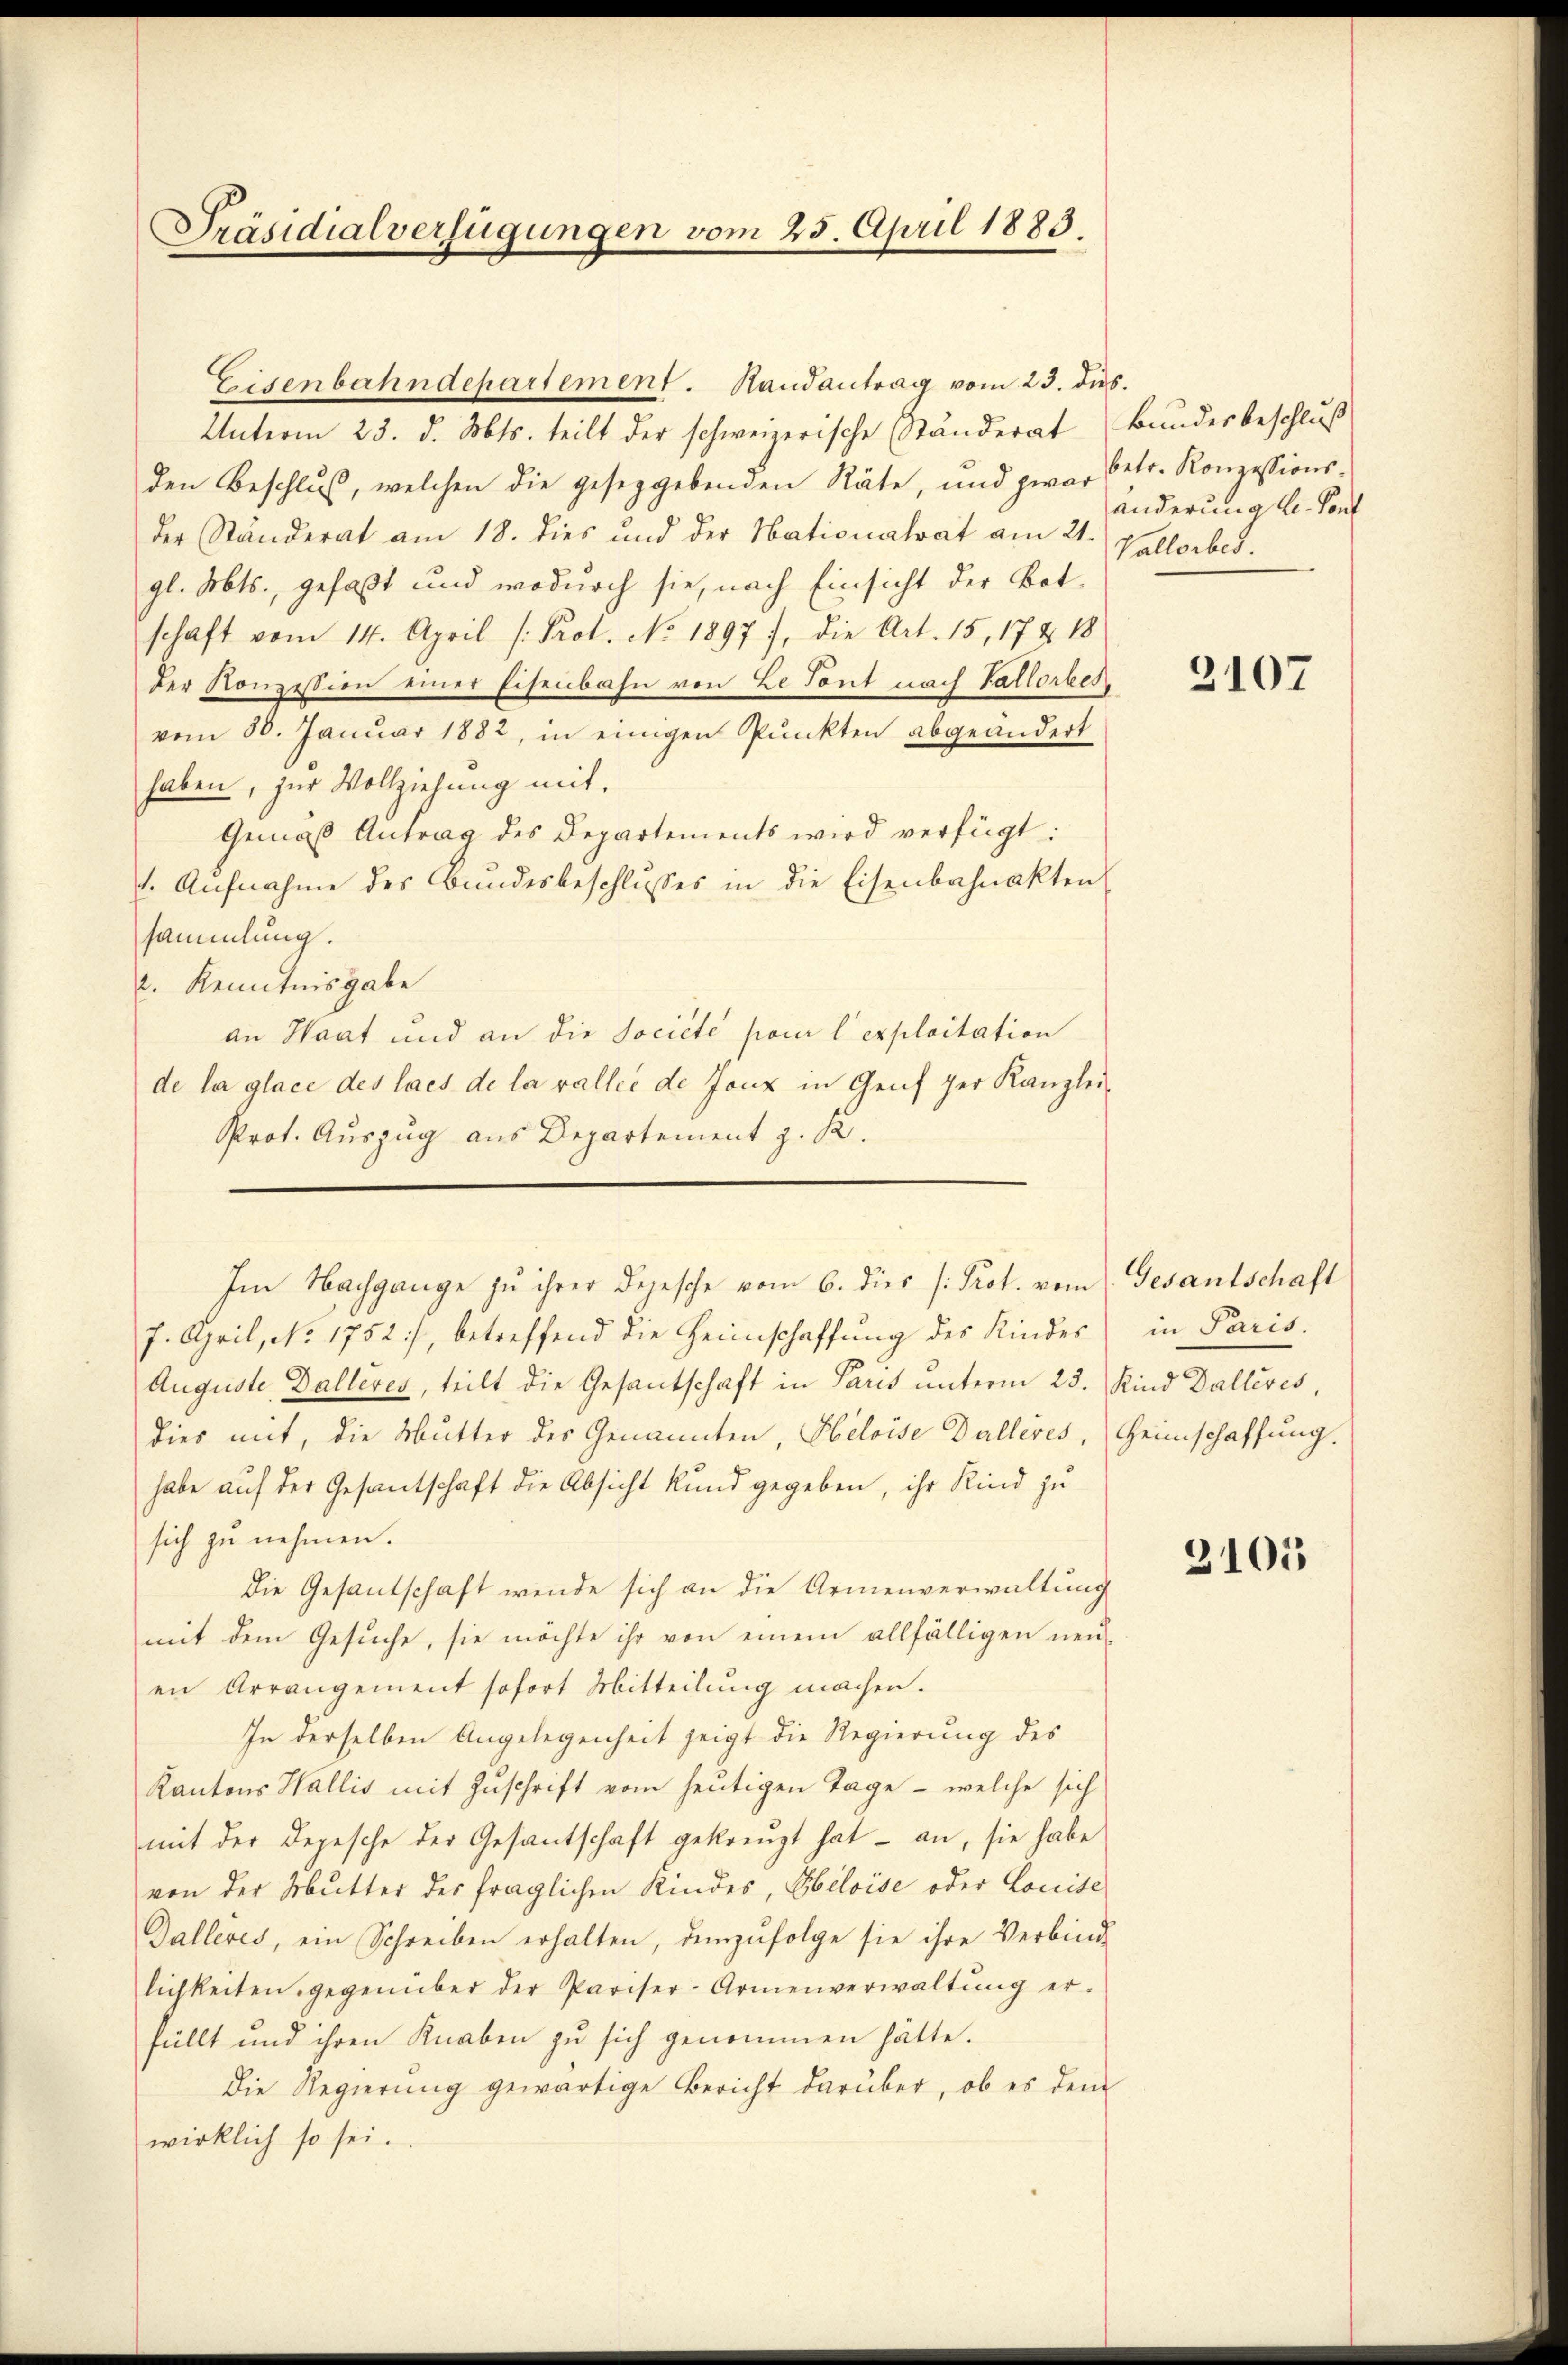
Präsidialverfügungen vom 25. April 1883.

Eisenbahndepartement. Handantrag vom 23. dus.

Unterm 23. d. Mts. teilt der schweizerische Ständerat
den Beschlus, welchen die geseggebenden Räte, und zwar betr. Konzessions-
der Ständerat am 18. dies und der Nationalrat am 21. Vallorbed.
gl. Mts., gefaßt und wodurch sie, nach Einsicht der Botschaft vom 14. April /: Prot. No. 1897, die Art. 15, 17 & 18
Der Konzession einer Eisenbahn von Le Tant nach Vallorbes,
vom 30. Januar 1882, in einigen Punkten abgeändert
haben, zur Vollziehung mit,
Gemäß Antrag des Departements wird verfügt:
1. Aŭfnahme des Bundesbeschlusses in die Eisenbahnakten
sammlung.
2. Kenntnisgabe
an Haat und an die Société homi l’exploitation
de la glace des lacs de la vallié de Jonz in Genf per Kanzlei-
Prot. Auszug aus Departement z. K.
7. April, No. 1752), betreffend die Heimschaffŭng des Kindes
Auguste Dalleres, teilt die Gesantschaft in Paris unterm 23. Rind Dallevés,
dies mit, die Mutter des Genannten, Heloise Dalleres, Heimschaffung.
habe auf der Gesantschaft die Absicht kund gegeben, ihr Kind zu
sich zu nehmen.
Die Gesantschaft wende sich an die Armenverwaltung
mit dem Gesuche, sie möchte ihr von einem allfälligen neuen Arrangement sofort Mitteilung machen.
In derselben Angelegenheit zeigt die Regierung des
Kantons Wallis mit Zuschrift vom heutigen Tage - welche sich
mit der Depesche der Gesantschaft gekreuzt hat an, sie habe
von der Mutter des fraglichen Kindes, Ebeloise oder Lonite
Dalleres, ein Schreiben erhalten, demzufolge sie ihre Verbind-
lichkeiten gegenüber der Pariser-Armenverwaltŭng er-
füllt und ihren Knaben zu sich genommen hätte.
Die Regierung gewärtige Bericht darüber, ob es dem
wirklich so sei.

Im Nachgange zu ihrer Depesche vom 6. dies /: Prot. vom Gesantschaft

Bundesbeschluß
änderung u. Pont

3107

in Paris.

2105